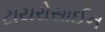
ટાયરોસાઈન